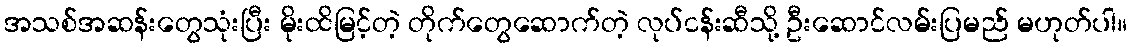
အသစ်အဆန်းတွေသုံးပြီး မိုးထိမြင့်တဲ့ တိုက်တွေဆောက်တဲ့ လုပ်ငန်းဆီသို့ ဦးဆောင်လမ်းပြမည် မဟုတ်ပါ။